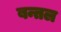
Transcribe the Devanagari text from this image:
बन्तल